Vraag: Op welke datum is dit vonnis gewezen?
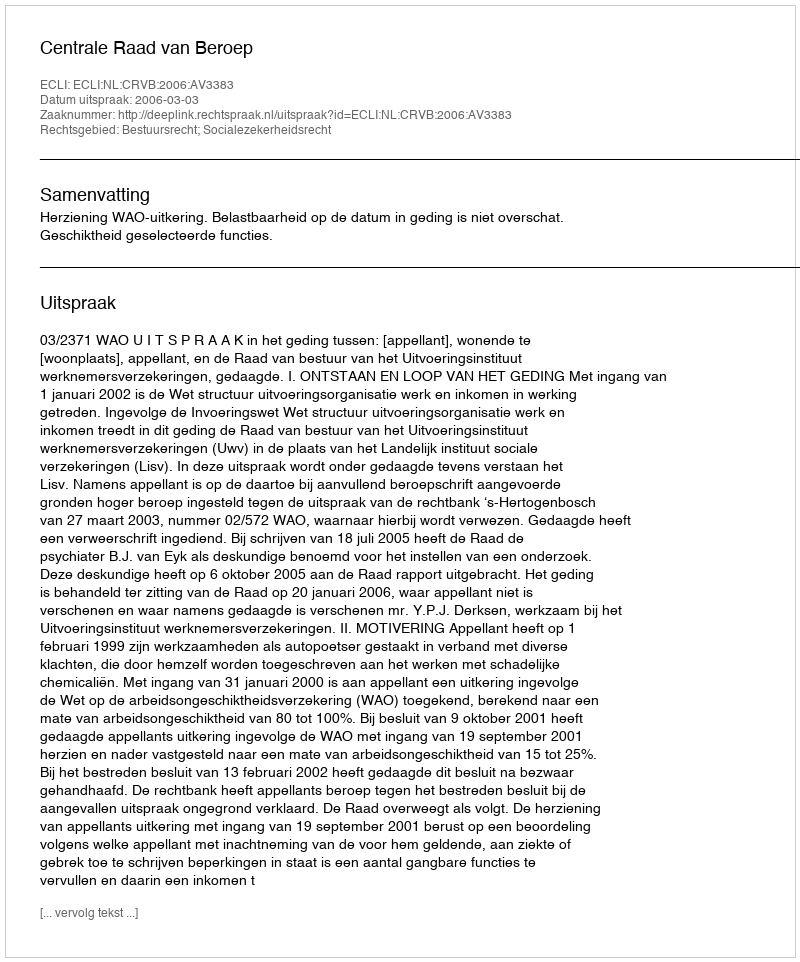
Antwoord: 2006-03-03